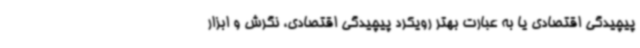
پیچیدگی اقتصادی یا به عبارت بهتر رویکرد پیچیدگی اقتصادی، نگرش و ابزار